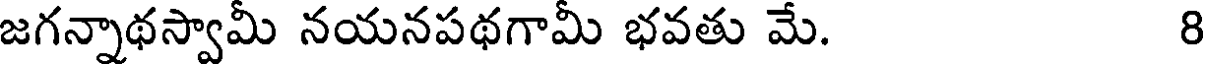
జగన్నాథస్వామీ నయనపథగామీ భవతు మే. 8